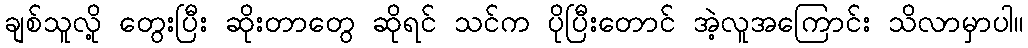
ချစ်သူလို့ တွေးပြီး ဆိုးတာတွေ ဆိုရင် သင်က ပိုပြီးတောင် အဲ့လူအကြောင်း သိလာမှာပါ။